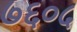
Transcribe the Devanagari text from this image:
७६०५